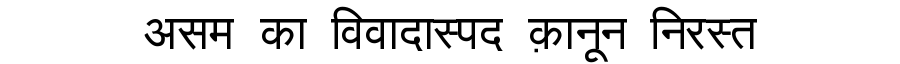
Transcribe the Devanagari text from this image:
असम का विवादास्पद क़ानून निरस्त